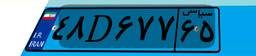
۸۹D۵۲۸۱۸